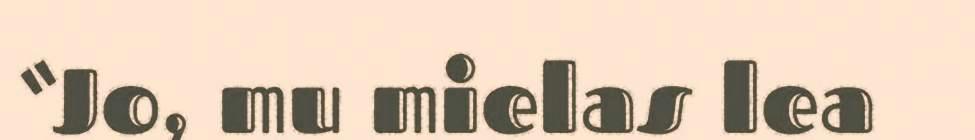
“Jo, mu mielas lea